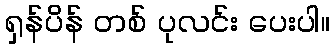
ရှန်ပိန် တစ် ပုလင်း ပေးပါ။